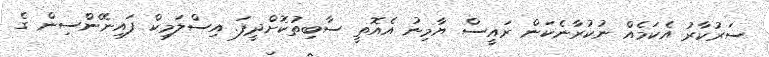
ސަރުކާރު އެކަމެއް ނުކުރާނެކަން ރައީސް ޔާމިނު އެއޮތީ ސާބިތުކޮށްދީފަ. އިސްލަމިކް ފައިނޭންސިން ގެ